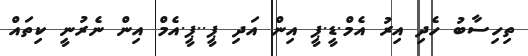
ތިހިސާބު ހެދި އިރު އެމް.ޑީ.ޕީ އިން އަދި ޕީ..ޕީ.އެމް އިން ނެރުނީ ކިތައް